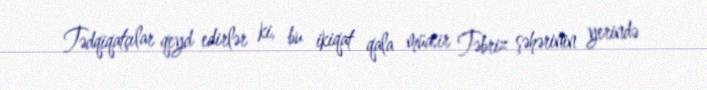
Tədqiqatçılar qeyd edirlər ki, bu ikiqat qala müasir Təbriz şəhərinin yerində